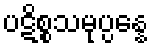
ပဋိစ္စသမုပ္ပန္နေ